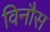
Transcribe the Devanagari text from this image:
विनौस